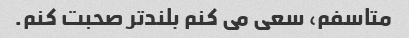
متاسفم، سعی می کنم بلندتر صحبت کنم.